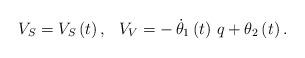
LaTeX: \begin{align*}V_{S}=V_{S}\left( t\right) ,\,\,\,\,V_{V}=-\,\dot{\theta}_{1}\left( t\right)\,q+\theta _{2}\left( t\right) .\end{align*}